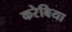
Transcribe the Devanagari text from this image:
करेबिया